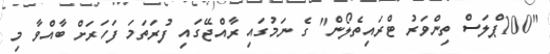
"100ޕްލަސް ތިންވަރު ޓްރައިތެލޯން" ގެ ނަމުގައި ރާއްޖޭގައި ފުރަތަމަ ފަހަރަށް ބާއްވާ މި